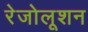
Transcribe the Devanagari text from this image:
रेजोलूशन